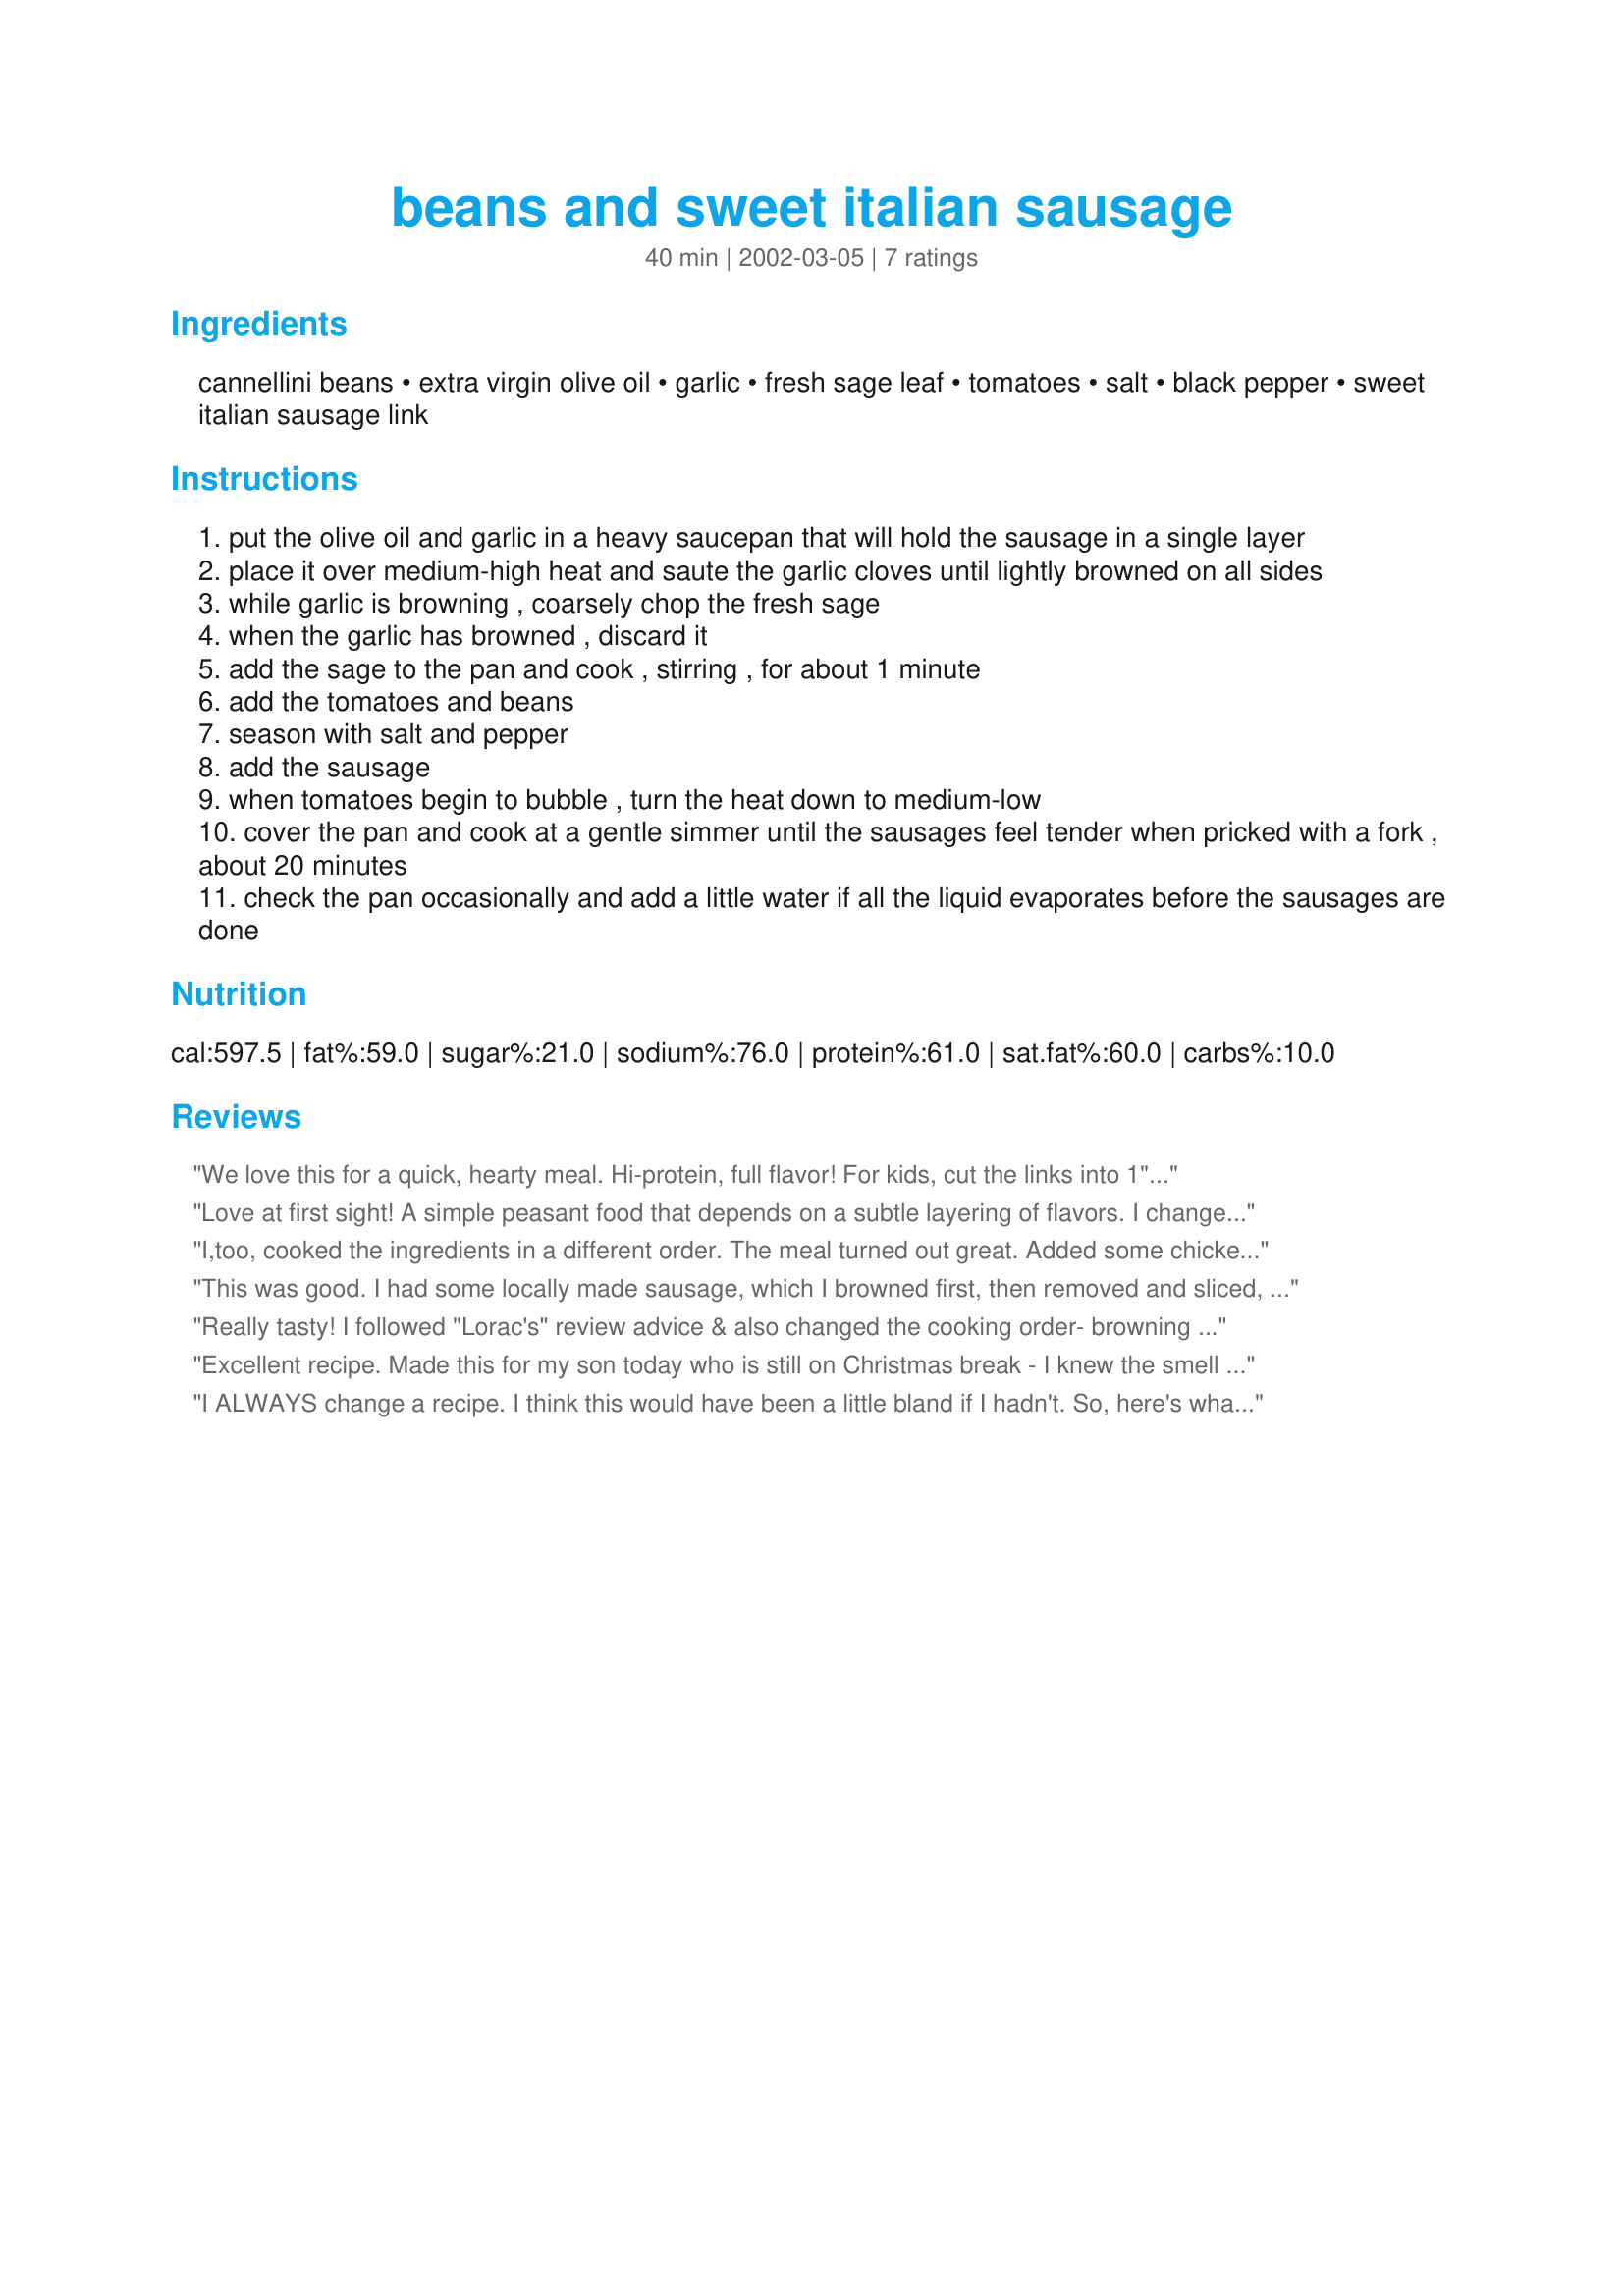
beans and sweet italian sausage
Preparation time: 40 minutes

Ingredients:
cannellini beans, extra virgin olive oil, garlic, fresh sage leaf, tomatoes, salt, black pepper, sweet italian sausage link

Steps:
put the olive oil and garlic in a heavy saucepan that will hold the sausage in a single layer
place it over medium-high heat and saute the garlic cloves until lightly browned on all sides
while garlic is browning , coarsely chop the fresh sage
when the garlic has browned , discard it
add the sage to the pan and cook , stirring , for about 1 minute
add the tomatoes and beans
season with salt and pepper
add the sausage
when tomatoes begin to bubble , turn the heat down to medium-low
cover the pan and cook at a gentle simmer until the sausages feel tender when pricked with a fork , about 20 minutes
check the pan occasionally and add a little water if all the liquid evaporates before the sausages are done

Reviews:
We love this for a quick, hearty meal. Hi-protein, full flavor! For kids, cut the links into 1" coins before cooking. I sometimes use seasoned tomatoes and eliminate the herbs. Try this with medium pasta sprinkled w/cheese as a side.
Love at first sight! A simple peasant food that depends on a subtle layering of flavors. I changed the cooking sequence - browned the sausage in 1 tbls of oil, added the garlic and sage and cooked them for 1 minute before adding the tomatoes and beans. I added a few splashes of Tuscan red wine and served it with a bit of grated Romano cheese. Simple pleasures!
I,too, cooked the ingredients in a different order. The meal turned out great. Added some chicken broth and romano cheese on top. Delicious, and filling. Served it with crusty garlic bread,we throughky enjoyed it. Thanks.
This was good. I had some locally made sausage, which I browned first, then removed and sliced, returning it to the pan with the rest of the ingredients to finish cooking. DH came home from work, asking what smelled so good. I didn't have fresh sage, so to augment the dried leaf, we added some Italian herb mix to finish it. I'm getting ready to make it again this week. Thanks, Dancer.
Really tasty! I followed "Lorac's" review advice & also changed the cooking order- browning the sausage first & then adding the garlic & sage & then the beans. The whole family enjoyed it!
Excellent recipe. Made this for my son today who is still on Christmas break - I knew the smell would get his lazy bones out of the bed for lunch. Thanks for posting.
I ALWAYS change a recipe. I think this would have been a little bland if I hadn't. So, here's what I did. I used hot turkey sausage. I followed the directions, but I added fennel and mushrooms to the beginning cooking process. Once I added the sausage I also added a little chicken broth. It was AMAZING! Thanks for the base of a very good recipe.
